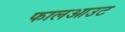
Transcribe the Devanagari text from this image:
फालआउट